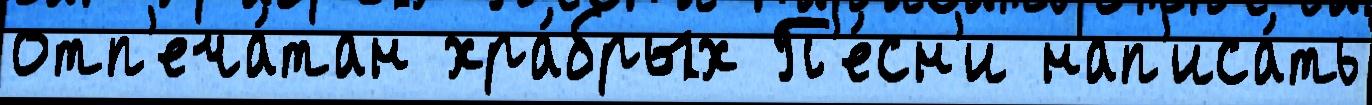
отп'еча́тан хра́брых П'е́сн'и нап'иса́ть